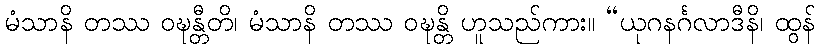
မံသာနိ တဿ ဝဍ္ဎန္တီတိ၊ မံသာနိ တဿ ဝဍ္ဎန္တိ ဟူသည်ကား။ “ယုဂနင်္ဂလာဒီနိ၊ ထွန်